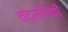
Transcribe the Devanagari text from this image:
चंद्रलिंपी